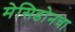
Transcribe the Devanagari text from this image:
मेसिडोनचा